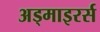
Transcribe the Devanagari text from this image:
अड्माइरर्स